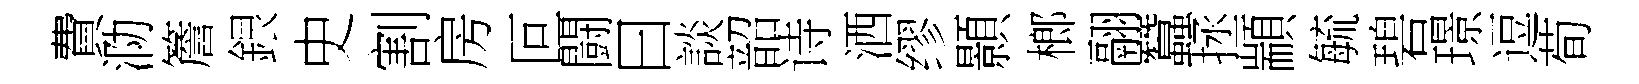
費泐簷銀史割房叵闘曰談韶诗洒缪顥榔翮蠶拯顓毓碧璟逗荀